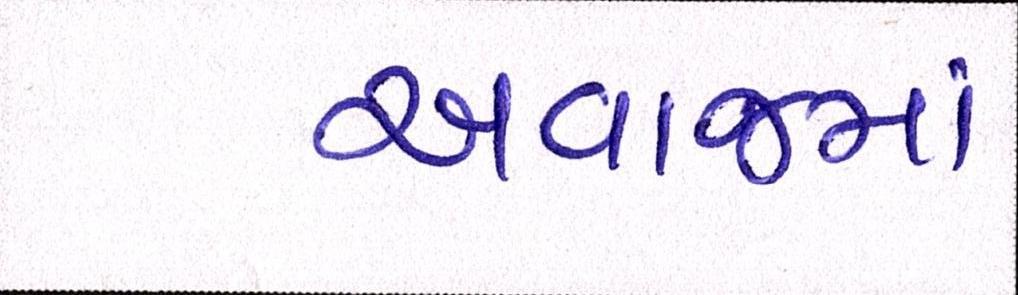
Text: અવાજમાં